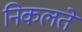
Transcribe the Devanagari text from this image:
निकलतें